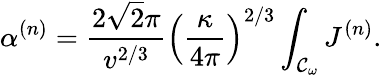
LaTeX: \alpha^{(n)}=\frac{2\sqrt{2}\pi}{v^{2/3}}\left(\frac{\kappa}{4\pi}\right)^{2/3}\int_{{\cal{C}}_{\omega}}{J^{(n)}}.